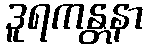
ဒူရကန္တနာ